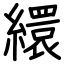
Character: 繯